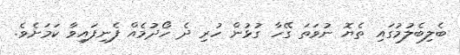
ބެލިބެލުމުގައި ތެޔޮ ނުވަތަ ގޭހާ ގުޅުން ހުރި ދެ ހޯދުމެއް ފެނިފައިވާ ކަމަށެވެ.